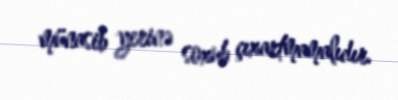
münasib yerinə soxub çıxartmamalıdır.